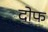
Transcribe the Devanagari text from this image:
दोफ